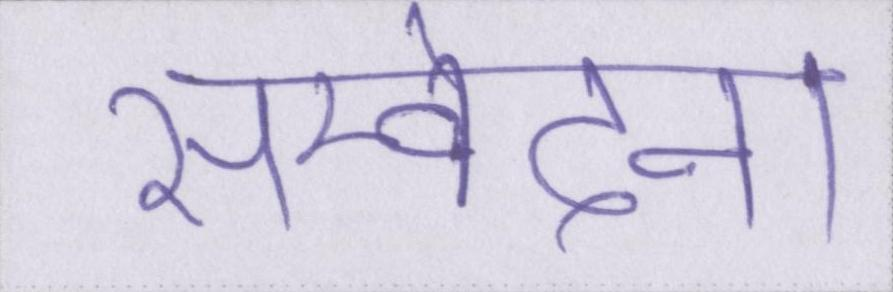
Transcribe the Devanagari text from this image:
सम्वेदना